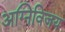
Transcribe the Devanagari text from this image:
अग्निविजय